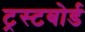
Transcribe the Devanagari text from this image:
ट्रस्टबोर्ड